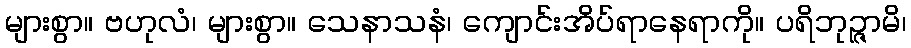
များစွာ။ ဗဟုလံ၊ များစွာ။ သေနာသနံ၊ ကျောင်းအိပ်ရာနေရာကို။ ပရိဘုဉ္ဇာမိ၊